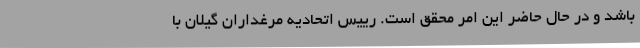
باشد و در حال حاضر این امر محقق است. رییس اتحادیه مرغداران گیلان با